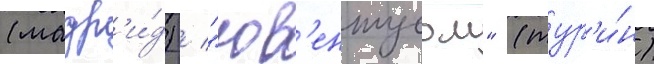
(мадр'и́д) / "юв'ентусом" (тур'и́н)